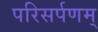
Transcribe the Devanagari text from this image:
परिसर्पणम्